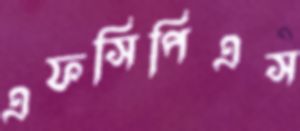
এফসিপিএস